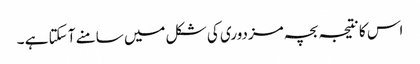
اس کا نتیجہ بچہ مزدوری کی شکل میں سامنے آ سکتا ہے ۔